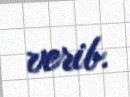
verib.